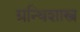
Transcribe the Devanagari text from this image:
ग्रन्थिशास्त्र